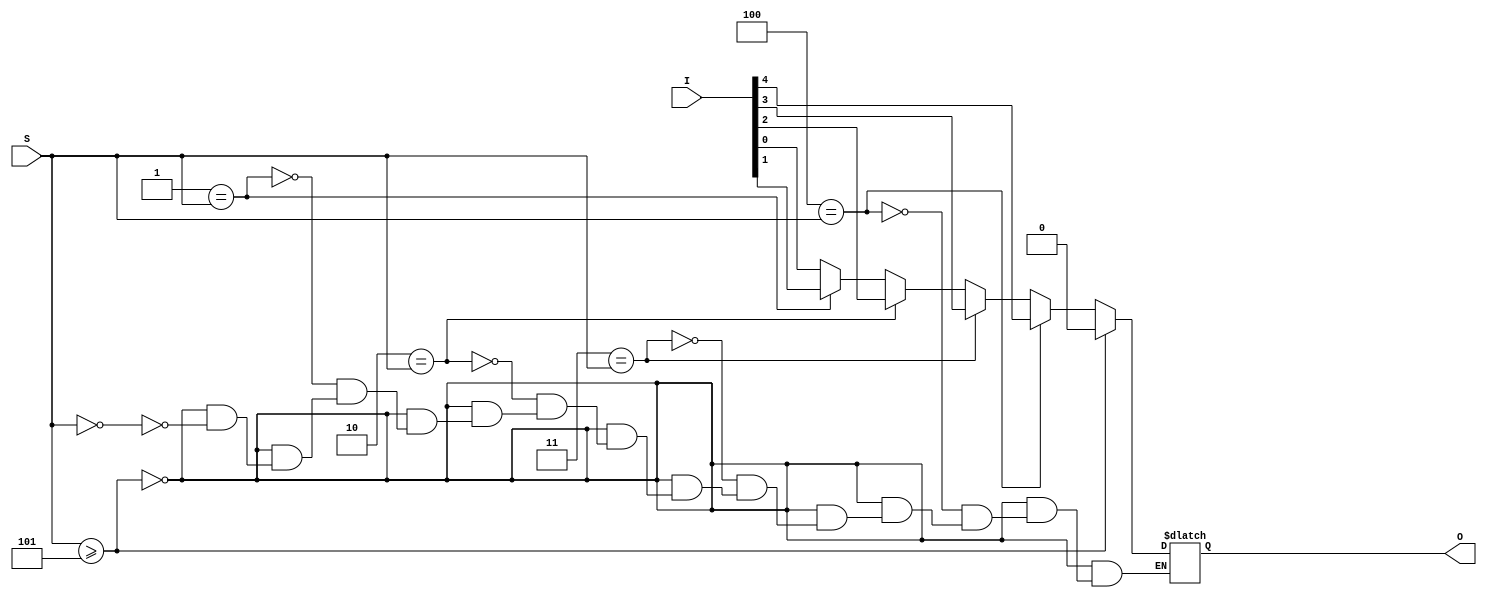
`timescale 1ns / 1ps
//////////////////////////////////////////////////////////////////////////////////

// ID     : N180116
//Branch  : ECE
//Project : RTL design using Verilog
//Design  : Nx1 MUX
//Module  : mux_Nx1
//RGUKT NUZVID 
//////////////////////////////////////////////////////////////////////////////////


module mux_Nx1 #(parameter N=5)(I,S,O);
input [N-1:0]I;
input [$clog2(N)-1:0]S;
output reg O;

integer k;
always @(I,S)
begin
	for(k=0; k<N; k=k+1)
	begin
	    if(S >=N)
	       O = 0;
		else if(k==S) 
			O = I[k]; 
	end
end
endmodule